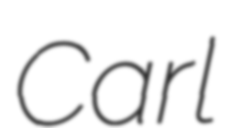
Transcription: Carl